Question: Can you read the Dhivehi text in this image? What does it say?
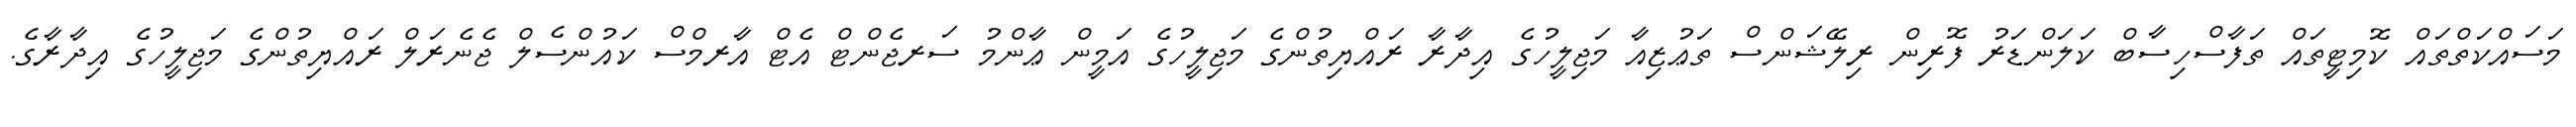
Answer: މަސައްކަތްތައް ކޮމިޓީތައް ތަފާސްހިސާބް ކަލަންޑަރު ފޮރިން ރިލޭޝަންސް ތަޢުޒިއާ މަޖިލީހުގެ އިދާރާ ރައްޔިތުންގެ މަޖިލީހުގެ އަމީން ޢާންމު ސަރޖެންޓް އެޓް އާރމްސް ކައުންސެލް ޖެނެރަލް ރައްޔިތުންގެ މަޖިލީހުގެ އިދާރާގެ.